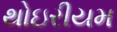
થોઇરીયમ